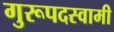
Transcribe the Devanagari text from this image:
गुरूपदस्वामी